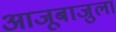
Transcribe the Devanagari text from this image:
आजूबाजुला